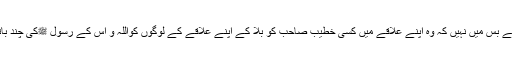
کسی غریب کے بس میں نہیں کہ وہ اپنے علاقے میں کسی خطیب صاحب کو بلا کے اپنے علاقے کے لوگوں کواللہ و اس کے رسول ﷺکی چند باتین سنا سکے۔